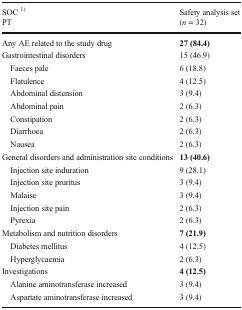
<table><thead><tr><td><b>SOC <sup>1)</sup>PT</b></td><td><b>Safety analysis set(<i>n</i> = 32)</b></td></tr></thead><tbody><tr><td>Any AE related to the study drug</td><td><b>27 (84.4)</b></td></tr><tr><td>Gastrointestinal disorders</td><td>15 (46.9)</td></tr><tr><td> Faeces pale</td><td>6 (18.8)</td></tr><tr><td> Flatulence</td><td>4 (12.5)</td></tr><tr><td> Abdominal distension</td><td>3 (9.4)</td></tr><tr><td> Abdominal pain</td><td>2 (6.3)</td></tr><tr><td> Constipation</td><td>2 (6.3)</td></tr><tr><td> Diarrhoea</td><td>2 (6.3)</td></tr><tr><td> Nausea</td><td>2 (6.3)</td></tr><tr><td>General disorders and administration site conditions</td><td><b>13 (40.6)</b></td></tr><tr><td> Injection site induration</td><td>9 (28.1)</td></tr><tr><td> Injection site pruritus</td><td>3 (9.4)</td></tr><tr><td> Malaise</td><td>3 (9.4)</td></tr><tr><td> Injection site pain</td><td>2 (6.3)</td></tr><tr><td> Pyrexia</td><td>2 (6.3)</td></tr><tr><td>Metabolism and nutrition disorders</td><td><b>7 (21.9)</b></td></tr><tr><td> Diabetes mellitus</td><td>4 (12.5)</td></tr><tr><td> Hyperglycaemia</td><td>2 (6.3)</td></tr><tr><td>Investigations</td><td><b>4 (12.5)</b></td></tr><tr><td> Alanine aminotransferase increased</td><td>3 (9.4)</td></tr><tr><td> Aspartate aminotransferase increased</td><td>3 (9.4)</td></tr></tbody></table>